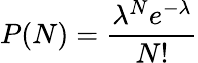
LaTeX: P(N)=\frac{\lambda^{N}e^{-\lambda}}{N!}